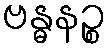
ဗန္ဓနဉ္စ